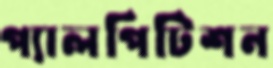
প্যালপিটিশন